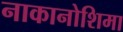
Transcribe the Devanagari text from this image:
नाकानोशिमा